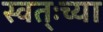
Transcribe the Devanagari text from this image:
स्वत्ःच्या